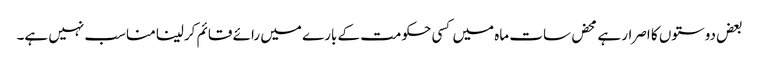
بعض دوستوں کا اصرار ہے محض سات ماہ میں کسی حکومت کے بارے میں رائے قائم کرلینا مناسب نہیں ہے۔